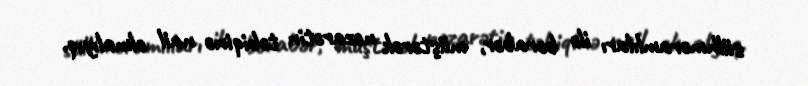
sülhməramlıları ilə bərabər, müştərək nəzarətin təbiqinə nail olmalıyıq.